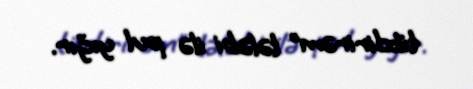
tikdirirəm” tələbi ilə pul yığır.